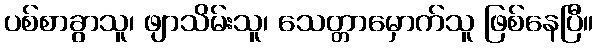
ပစ်စာခွာသူ၊ ဖျာသိမ်းသူ၊ သေတ္တာမှောက်သူ ဖြစ်နေပြီ။